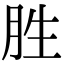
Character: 胜